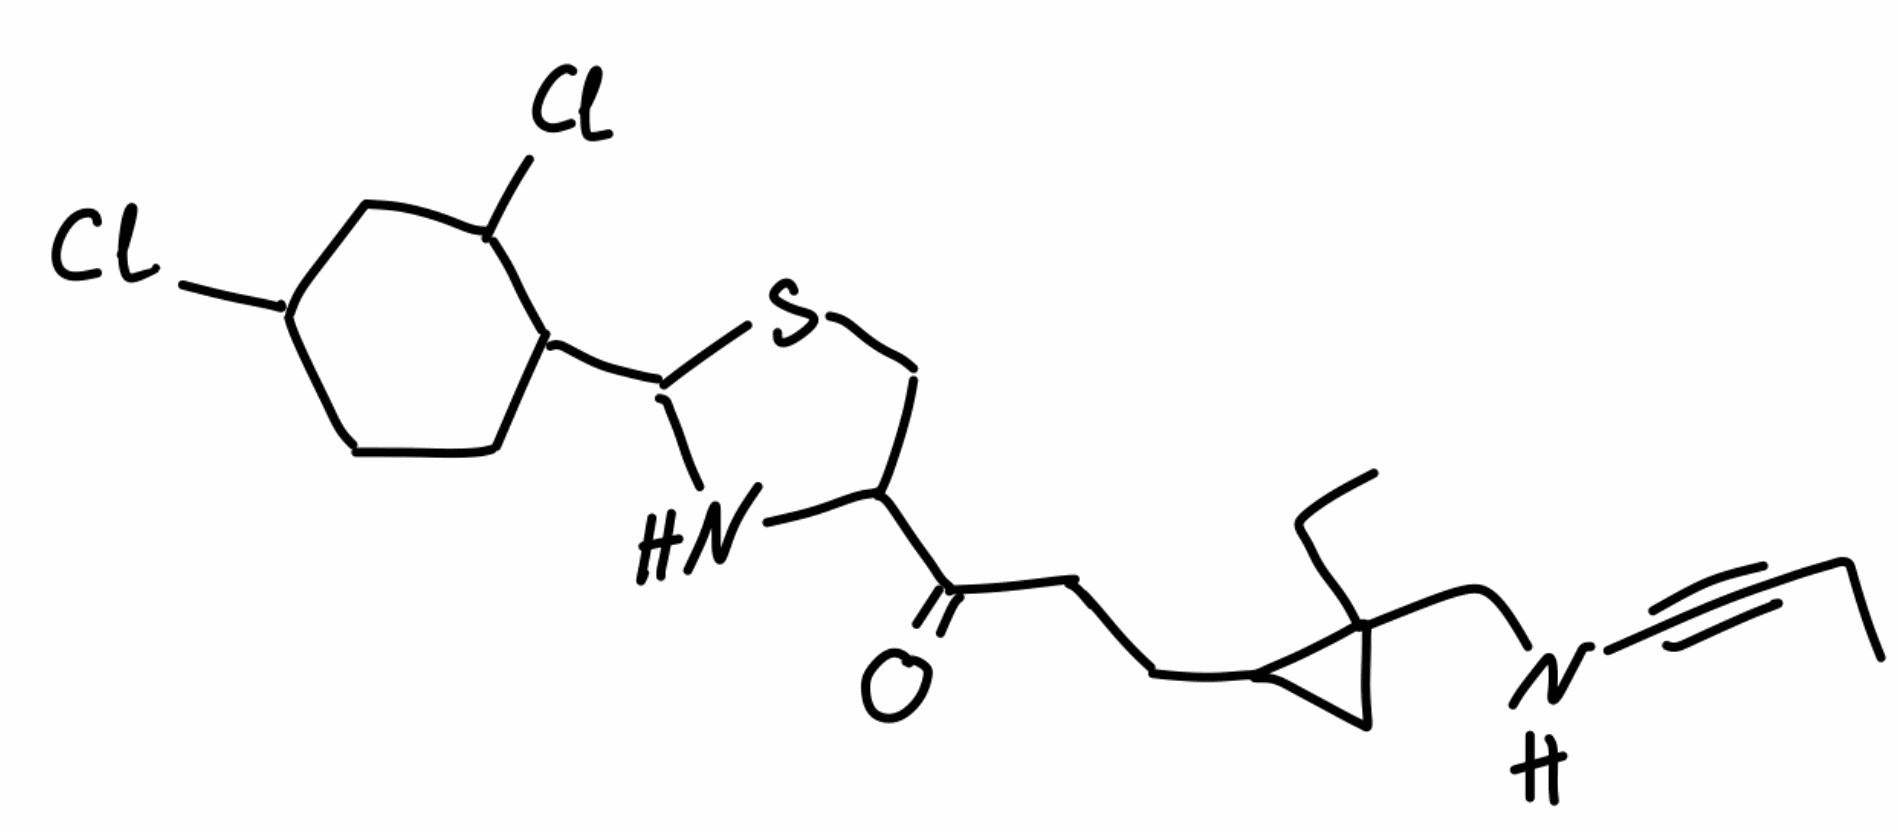
Simplified molecular-input line-entry system (SMILES) notation of the given molecule:
CCC#CNCC1(CC1CCC(=O)C2CSC(N2)C3CCC(CC3Cl)Cl)CC